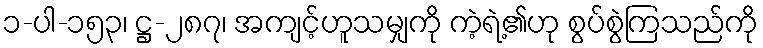
၁-ပါ-၁၅၃၊ ဋ္ဌ-၂၈၇၊ အကျင့်ဟူသမျှကို ကဲ့ရဲ့၏ဟု စွပ်စွဲကြသည်ကို